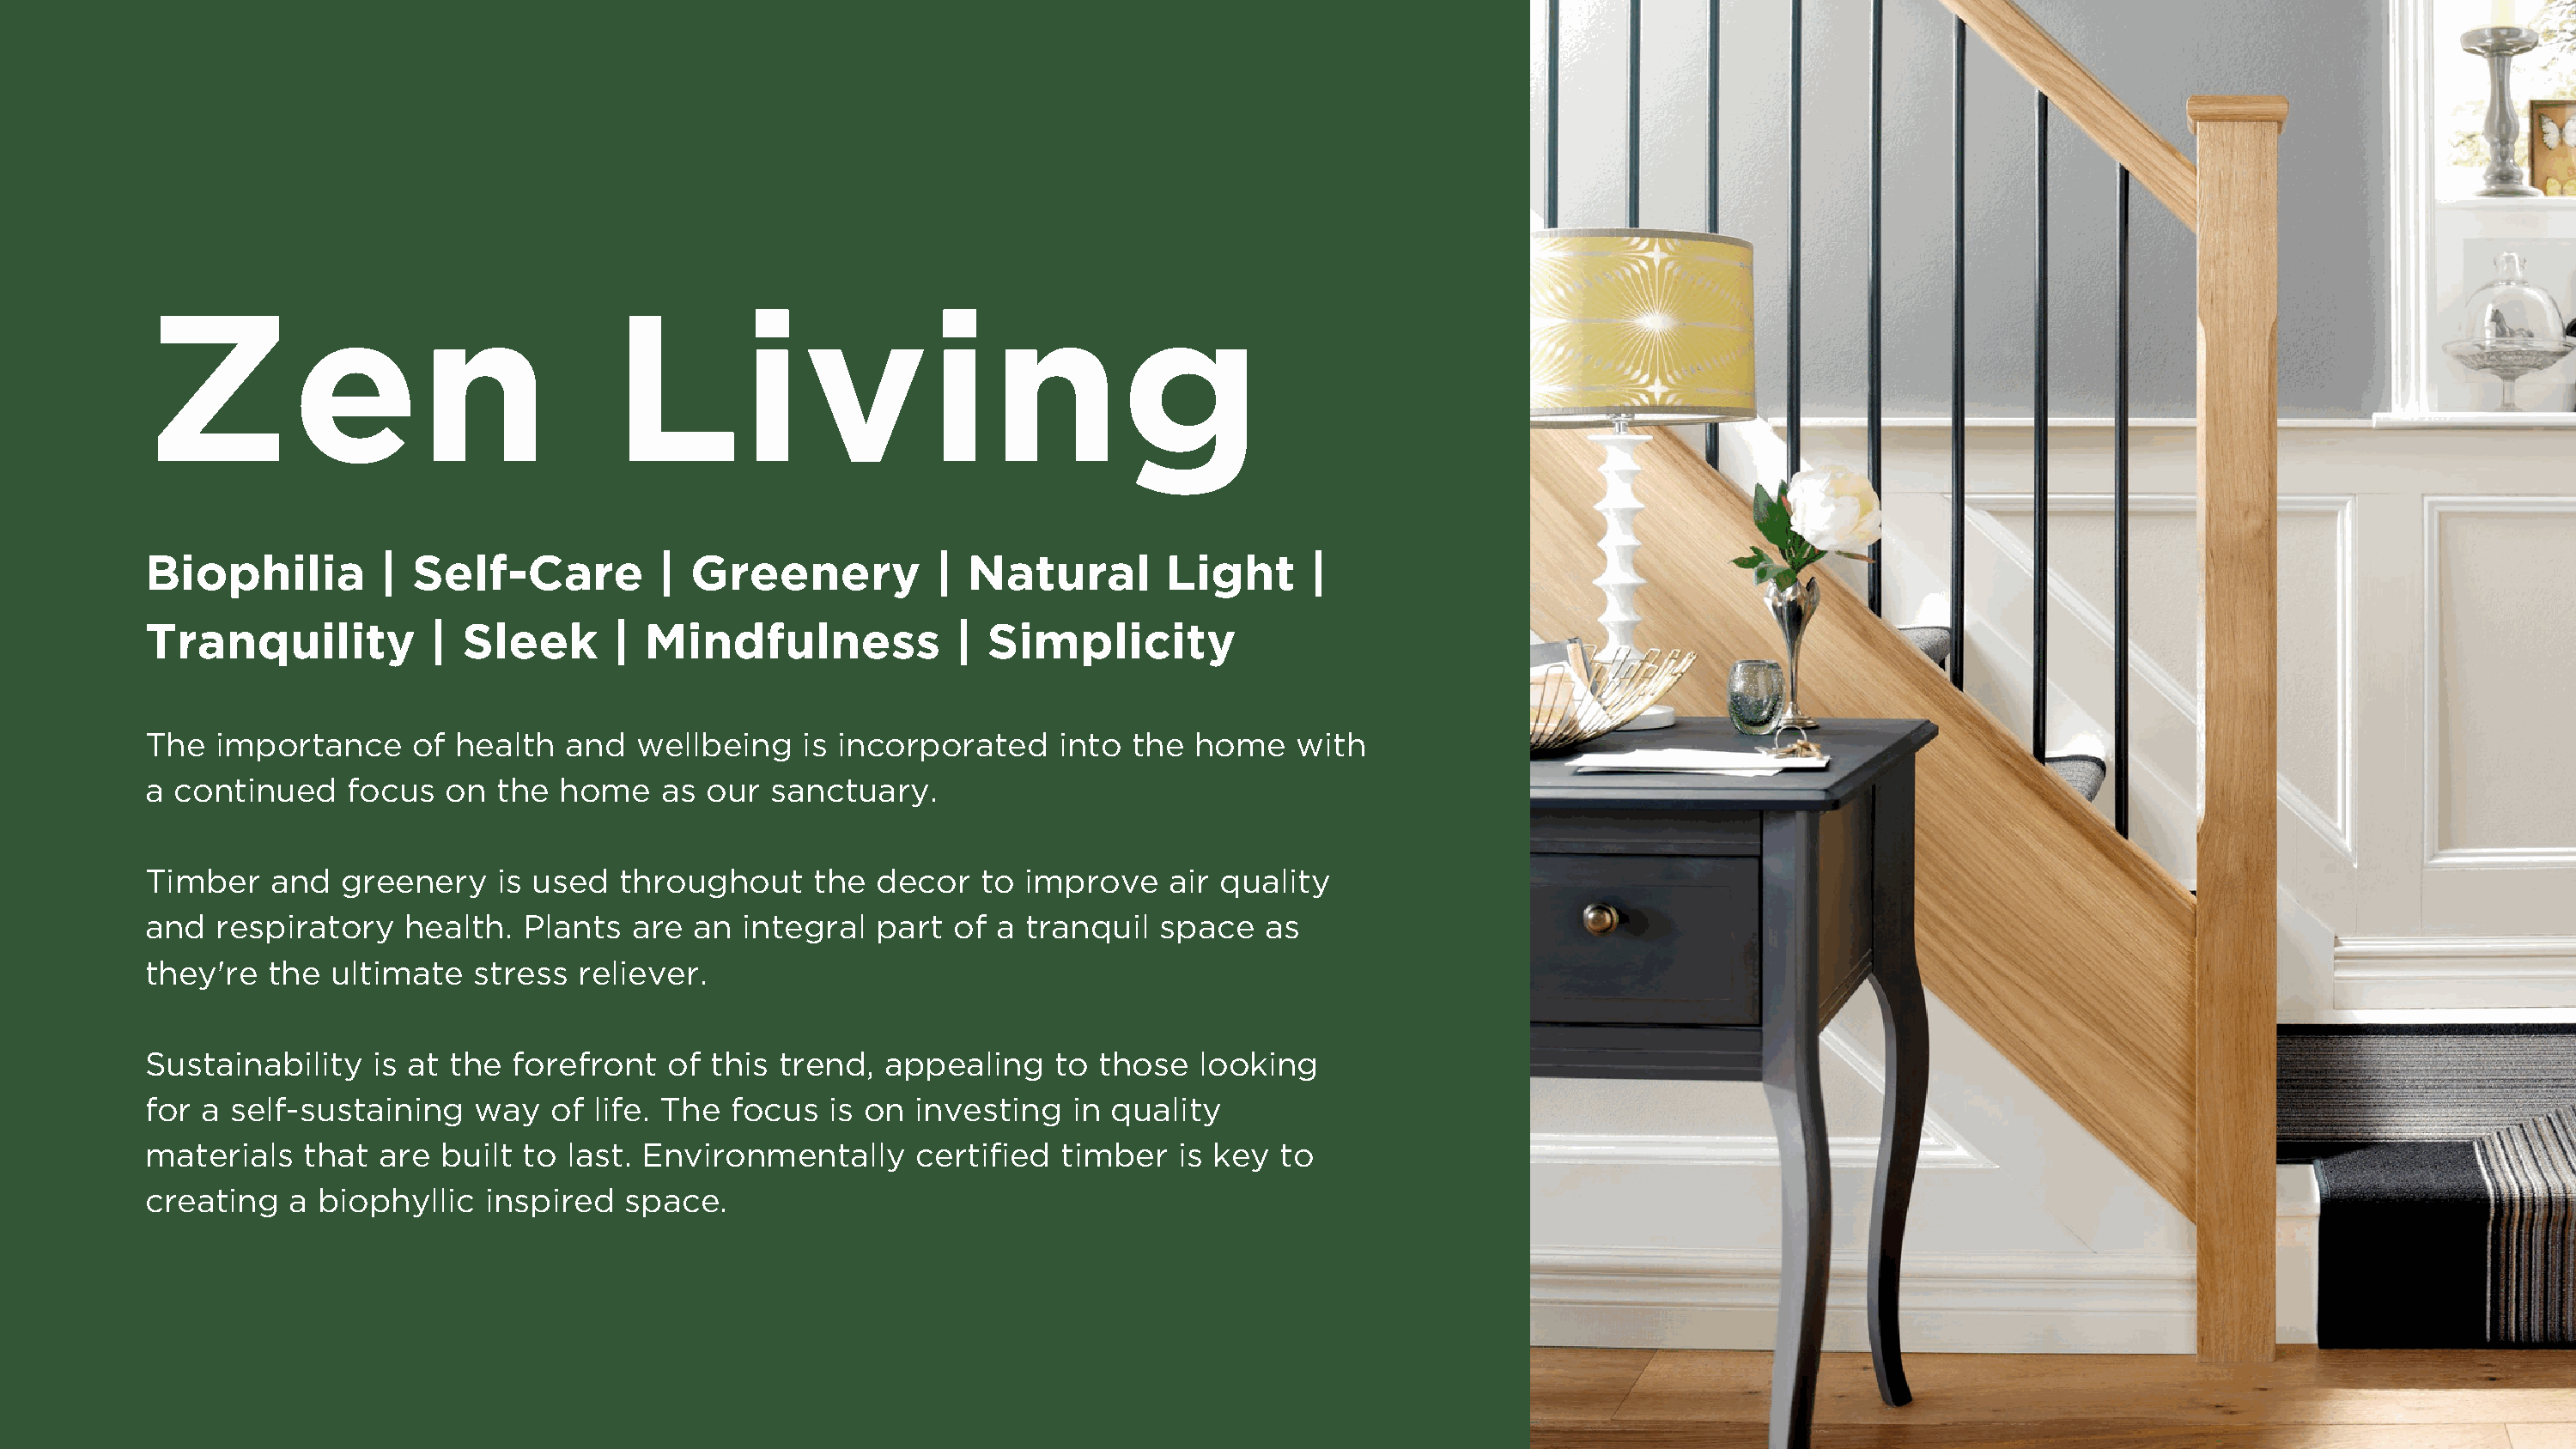
Zen                                 Living
 Biophilia         |  Self-Care          | Greenery           |  Natural        Light      |
 Tranquility           |  Sleek      |  Mindfulness             | Simplicity
 The   importance     of health   and  wellbeing    is incorporated     into the  home    with
 a continued     focus  on  the  home    as our  sanctuary.
 Timber    and  greenery    is used   throughout     the  decor   to improve    air quality
 and   respiratory   health.  Plants   are an  integral   part of  a tranquil  space   as
 they're   the ultimate    stress  reliever.
 Sustainability    is at the forefront   of  this trend,  appealing    to  those  looking
 for  a self-sustaining    way  of  life. The focus   is on  investing   in quality
 materials   that  are  built to  last. Environmentally      certified  timber   is key  to
 creating   a biophyllic   inspired   space.